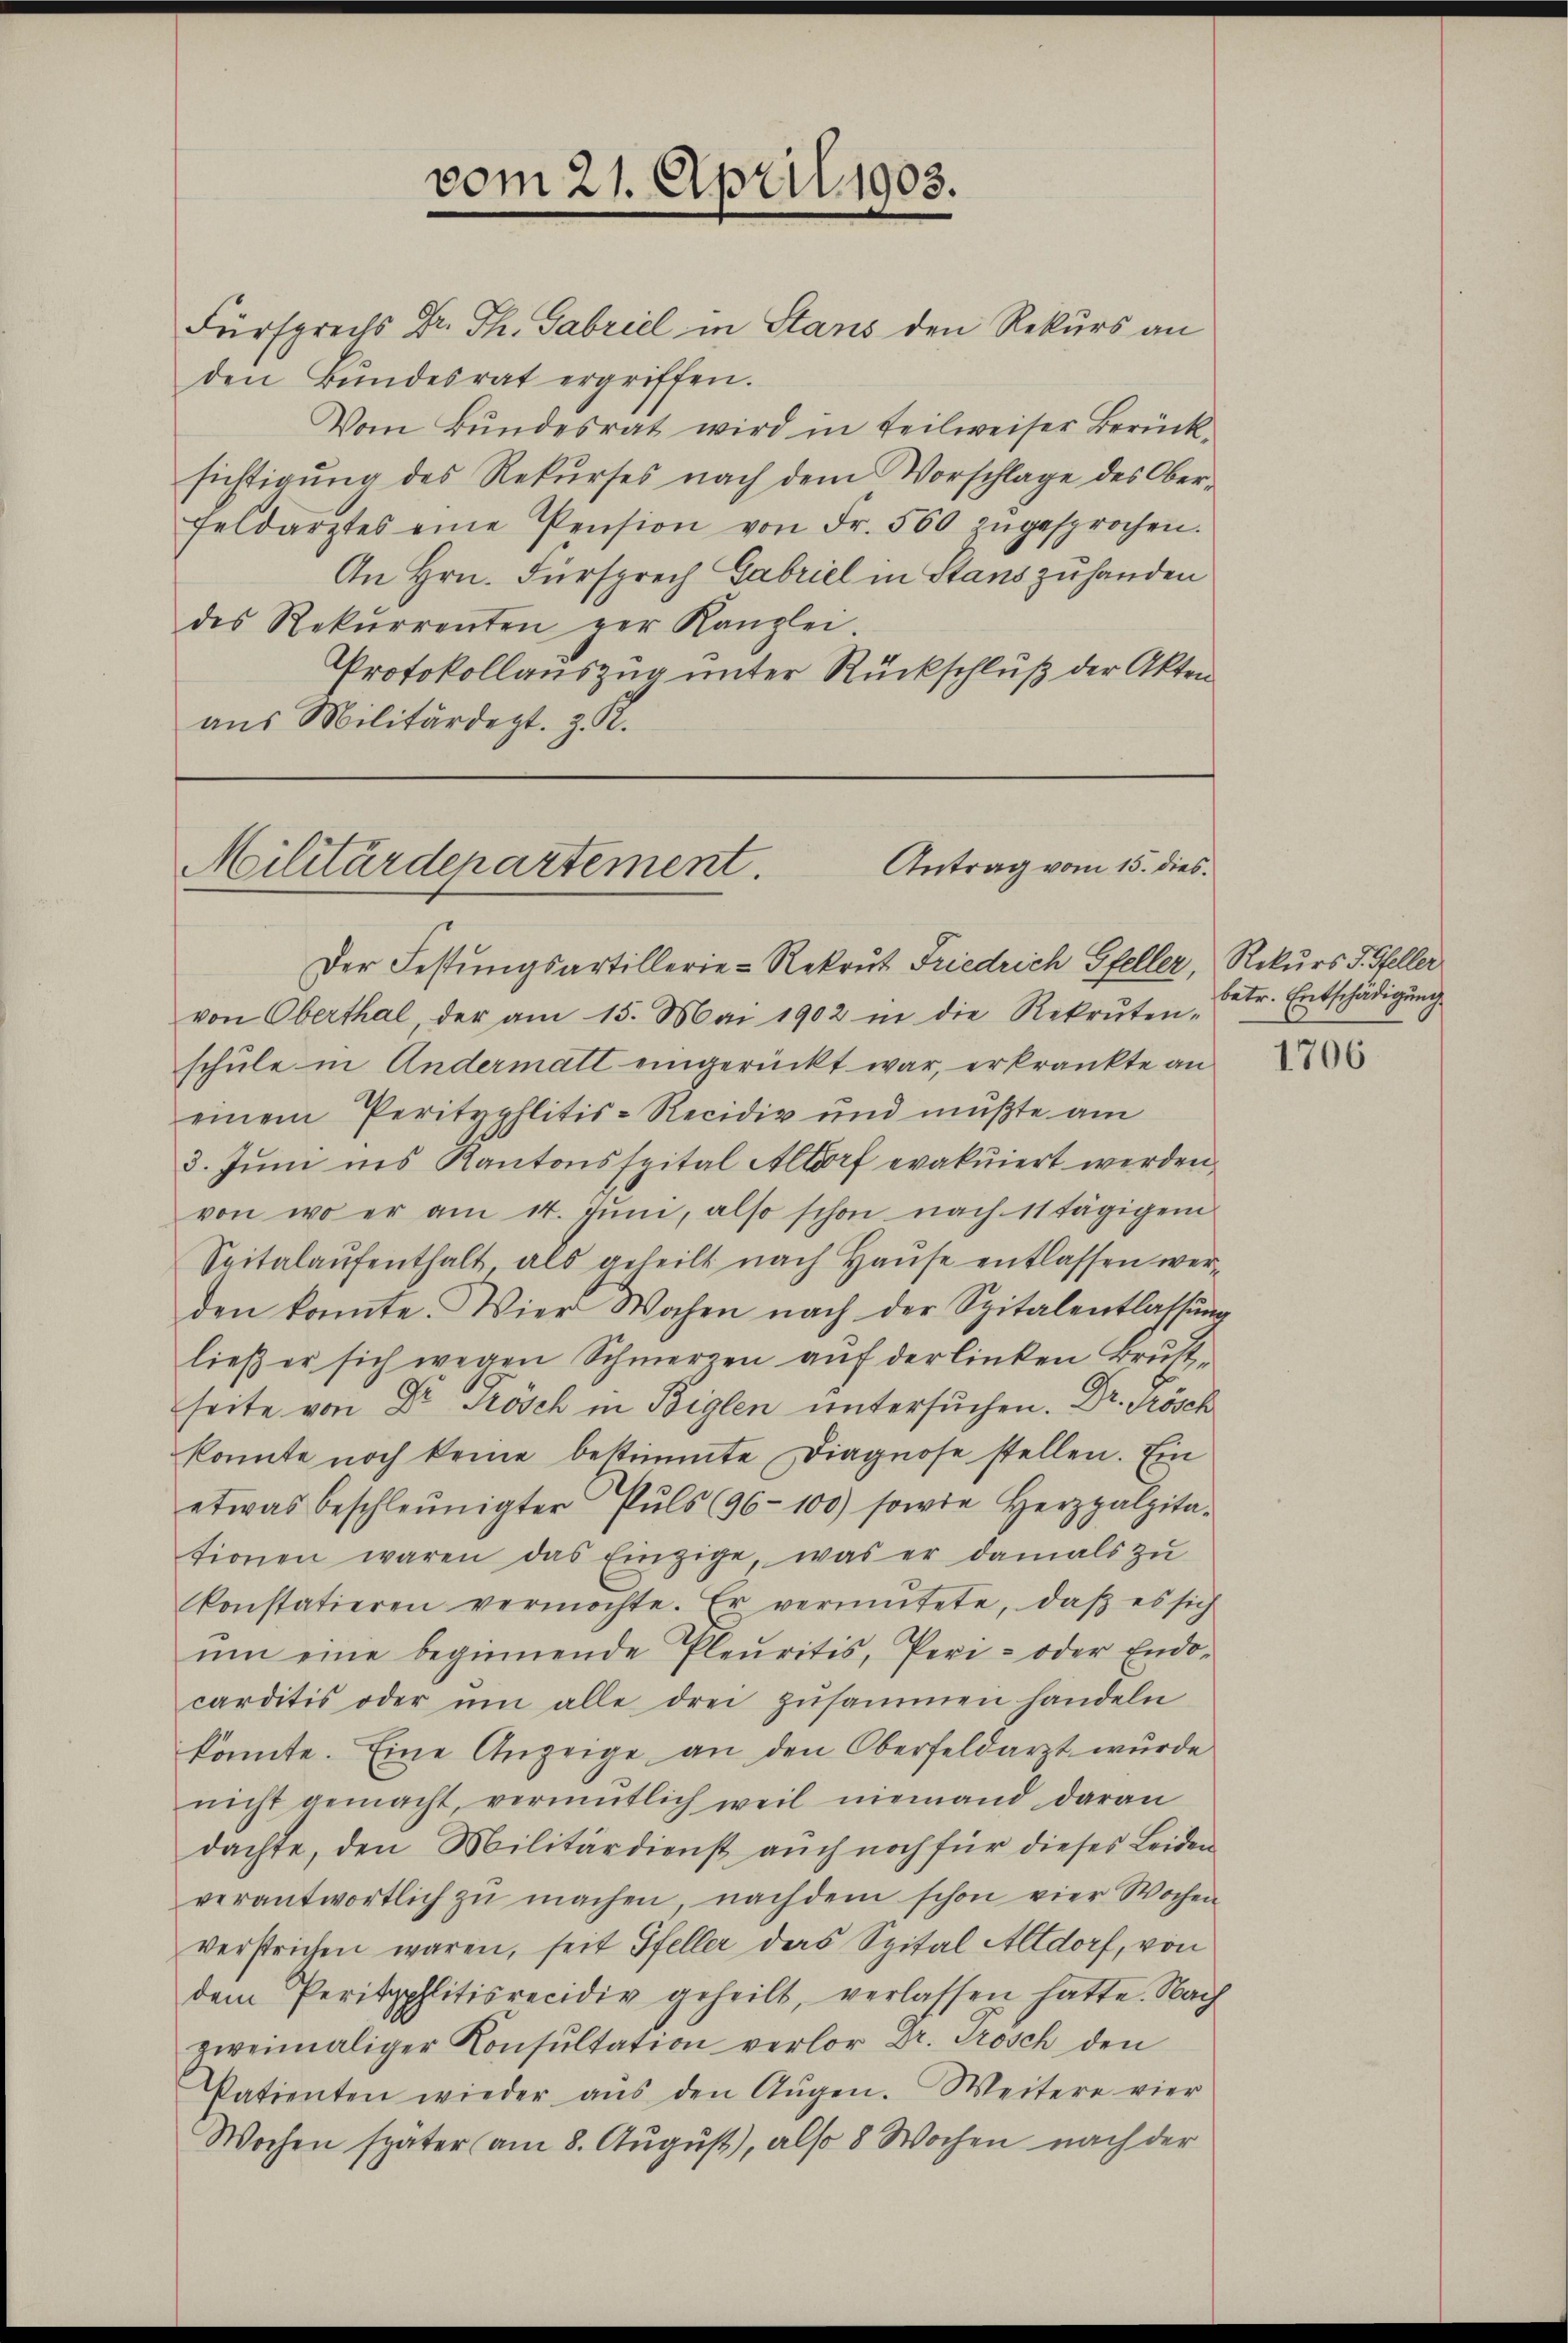
Fürsprechs Dr. Th. Gabriel in Stans den Rekurs an
den Bŭndesrat ergriffen.
Vom Bŭndesrat wird in teilweiser Berück
sichtigung des Rekurses nach dem Vorschlage des Oberfeldarztes eine Pension von Fr. 560 zŭgesprochen.
An Hrn. Fürsprech Gabriel in Stans zuhanden
des Rekŭrrenten per Kanzlei
Protokollauszug unter Rückschluß der Akten
aus Militärdept. z. R.

vom 21. April 1903.

Antrag vom 15. dies
Militärdepartement

Der Festungsartillerie-Rekrut Friedrich Gfeller, Rekurs J. Steller
von Oberthal, der am 15. Mai 1902 in die Rekruten-
schule in Andermatt eingerückt war, erkränkte an
einem Perityphlitis-Recidiv und müßte am
3. Juni ins Kantonsspital Altorf evakuiert werden,
von wo er am 14. Jŭni, also schon nach 11 tägigem
Spitalaŭfenthalt als geheilt nach Haŭse entlassen werden konnte. Wier Wochen nach der Spitalentlassŭng
ließ er sich wegen Schmerzen aŭf der linken Brust-
seite von Dr. Frösch in Biglen untersuchen. Dr. Frösch
konnte noch keine bestimmte Diagnose stellen. Ein
etwas beschleunigter Pŭls (96-100) sowie Herzpalpita-
tionen waren das Einzige, was er damals zŭ
konstatieren vermöchte. Er vermutete, daβ es sich
ŭm eine beginnende Pleŭritis, Peri- oder Endo-
carditis oder ŭm alle drei zusammen handeln
könnte. Eine Anzeige an den Oberfeldarzt wurde
nicht gemacht, vermentlich weil niemand daran
dachte, den Militärdienst auch noch für dieses Leiden
verantwortlich zŭ machen, nachdem schon vier Wochen
verstrichen waren, seit Pfeller des Spital Altdorf, von
dem Peritphlitisrecidiv geheilt, verlassen hatte. Nach
zweimaliger Konsultation verlor Dr. Grosch den
Patienten wieder aŭs den Aŭgen. Weitere vier
Wochen später am 8. August), also 8 Wochen nach der

betr. Entschädigung

1706